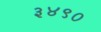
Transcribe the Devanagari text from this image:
३४९०